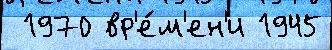
 1970 вр'е́м'ен'и 1945